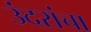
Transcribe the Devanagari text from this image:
उंदरांचा